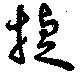
捷